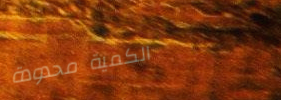
الكمية محدودة